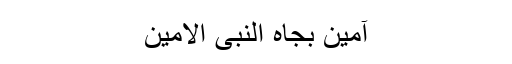
آمین بجاہ النبی الامین